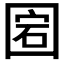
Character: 𡇵